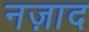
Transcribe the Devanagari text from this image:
नज़ाद